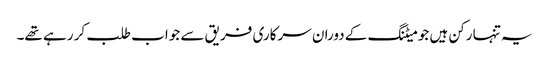
یہ تنہا رکن ہیں جو میٹنگ کے دوران سرکاری فریق سے جواب طلب کر رہے تھے۔